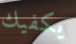
يكفيك